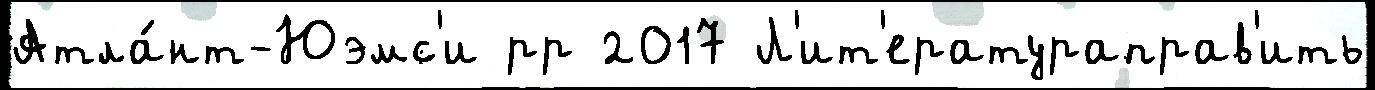
Атла́нт-Юэмс'и рр 2017 Л'ит'ератураправ'ить